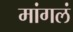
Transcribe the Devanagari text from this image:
मांगलं